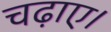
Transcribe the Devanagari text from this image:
चढ़ाए।